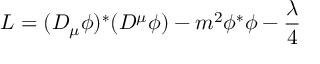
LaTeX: { \cal L } = ( D _ { \mu } \phi ) ^ { * } ( D ^ { \mu } \phi ) - m ^ { 2 } \phi ^ { * } \phi - \frac \lambda 4